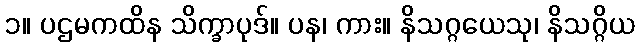
၁။ ပဌမကထိန သိက္ခာပုဒ်။ ပန၊ ကား။ နိသဂ္ဂယေသု၊ နိသဂ္ဂိယ